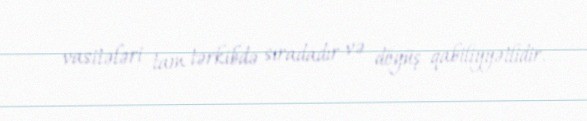
vasitələri tam tərkibdə sıradadır və döyüş qabiliyyətlidir.